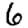
Digit: 6